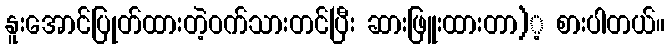
နူးအောင်ပြုတ်ထားတဲ့ဝက်သားတင်ပြီး ဆားဖြူးထားတာ)့ စားပါတယ်။